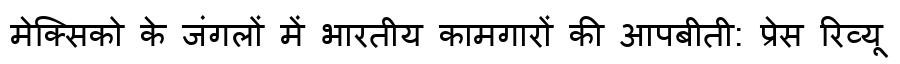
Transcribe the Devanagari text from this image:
मेक्सिको के जंगलों में भारतीय कामगारों की आपबीती: प्रेस रिव्यू